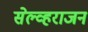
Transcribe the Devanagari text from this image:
सेल्व्हराजन